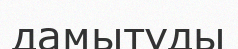
дамытуды